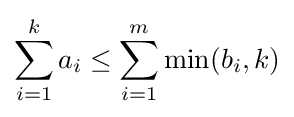
\sum _{i=1}^{k}a_{i}\leq \sum _{i=1}^{m}\min(b_{i},k)